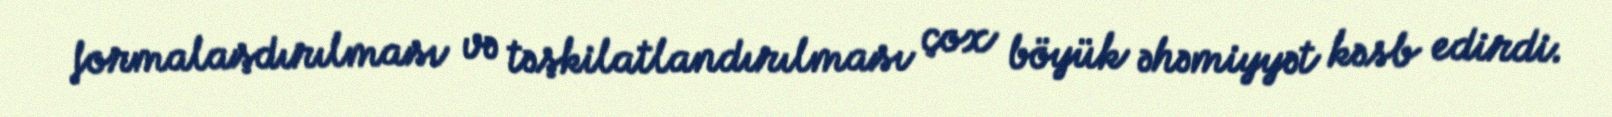
formalaşdırılması və təşkilatlandırılması çox böyük əhəmiyyət kəsb edirdi.